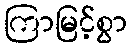
ကြာမြင့်စွာ